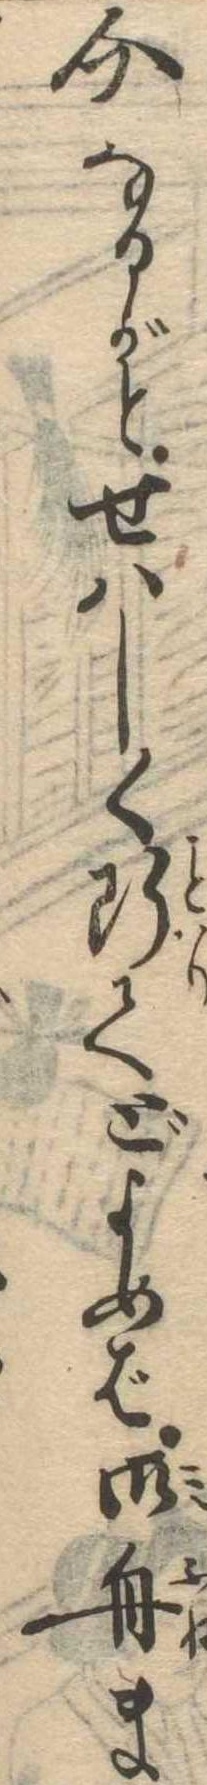
介なるがとせはしく断てどよめば御舟ま